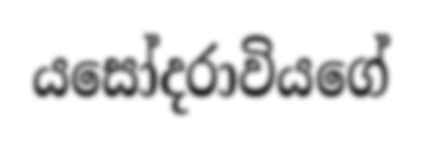
යසෝදරාවියගේ